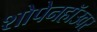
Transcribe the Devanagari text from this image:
शोपेनहॉउवर